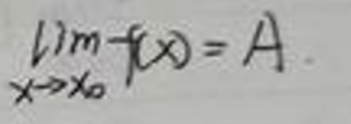
\[\lim_{x \to x_0} f(x) = A\]